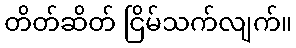
တိတ်ဆိတ် ငြိမ်သက်လျက်။